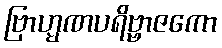
ဗြာဟ္မဏပရိဗ္ဗာဇကော